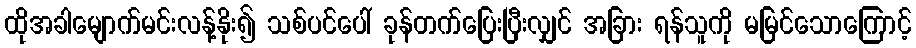
ထိုအခါမျောက်မင်းလန့်နိုး၍ သစ်ပင်ပေါ် ခုန်တက်ပြေးပြီးလျှင် အခြား ရန်သူကို မမြင်သောကြောင့်